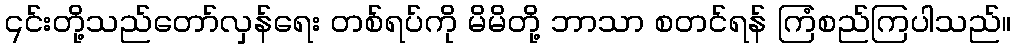
၎င်းတို့သည်တော်လှန်ရေး တစ်ရပ်ကို မိမိတို့ ဘာသာ စတင်ရန် ကြံစည်ကြပါသည်။